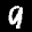
Label: 9